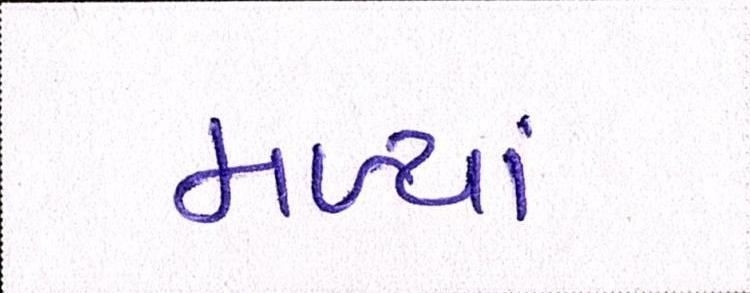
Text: મળ્યાં